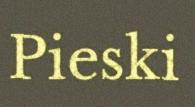
Pieski